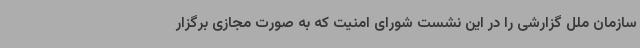
سازمان ملل گزارشی را در این نشست شورای امنیت که به صورت مجازی برگزار